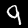
Digit: 9